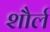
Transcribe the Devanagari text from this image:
शौर्ल